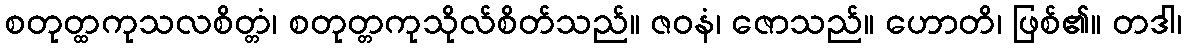
စတုတ္ထကုသလစိတ္တံ၊ စတုတ္တကုသိုလ်စိတ်သည်။ ဇဝနံ၊ ဇောသည်။ ဟောတိ၊ ဖြစ်၏။ တဒါ၊